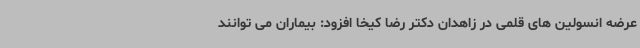
عرضه انسولین های قلمی در زاهدان دکتر رضا کیخا افزود: بیماران می توانند